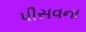
પીસવના